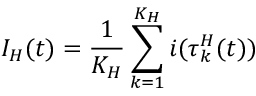
I _ { H } ( t ) = \frac { 1 } { K _ { H } } \sum _ { k = 1 } ^ { K _ { H } } i ( \tau _ { k } ^ { H } ( t ) )